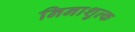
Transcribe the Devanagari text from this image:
निनाशुल्क